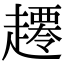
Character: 𧾇